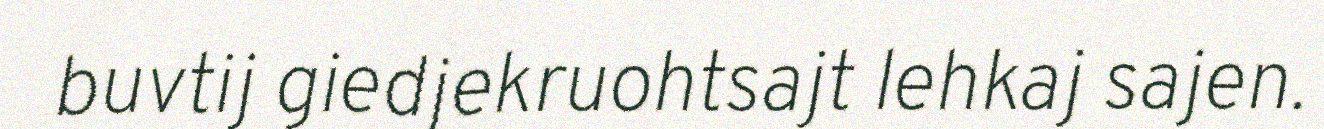
buvtij giedjekruohtsajt lehkaj sajen.